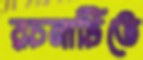
রচনাটিতে